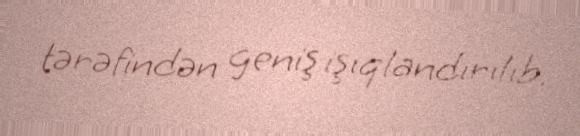
tərəfindən geniş işıqlandırılıb.